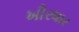
ખીરધાર